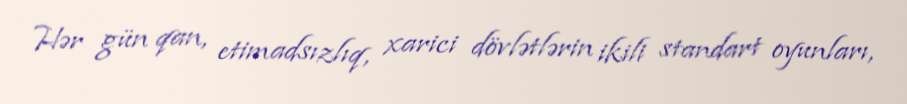
Hər gün qan, etimadsızlıq, xarici dövlətlərin ikili standart oyunları,